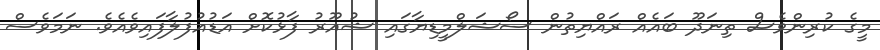
މީގެ ކުރިންވެސް ތިނަދޫ ބައެއް ރައްޔިތުން ސޯޝަލްމީޑިޔާގައި ޝުއޫރު ފާޅުކޮށް އަޑުއުފުލާފައިވެއެވެ. ނަމަވެސް